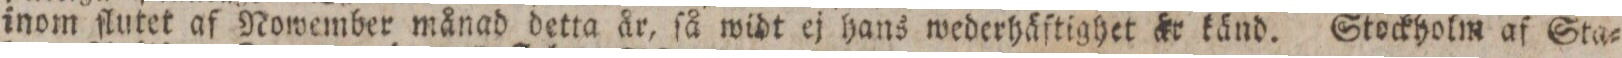
inom ſlutet af Nowember månad detta år, ſå widt ej hans wederhäſtighet & känd. Stockholm af Sta=